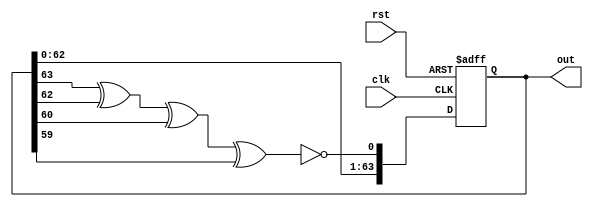
// https://stackoverflow.com/questions/40138917/64-bit-lfsr-design
module lfsr64 (
   input clk,
   input rst,
   output reg [63:0] out
);

    wire feedback;
    assign feedback = ~(out[63] ^ out[62] ^ out[60] ^ out[59]);

    always @(posedge clk or negedge rst)
        if (~rst)
            out <= 64'b0;
        else
            out <= {out[62:0],feedback};
endmodule